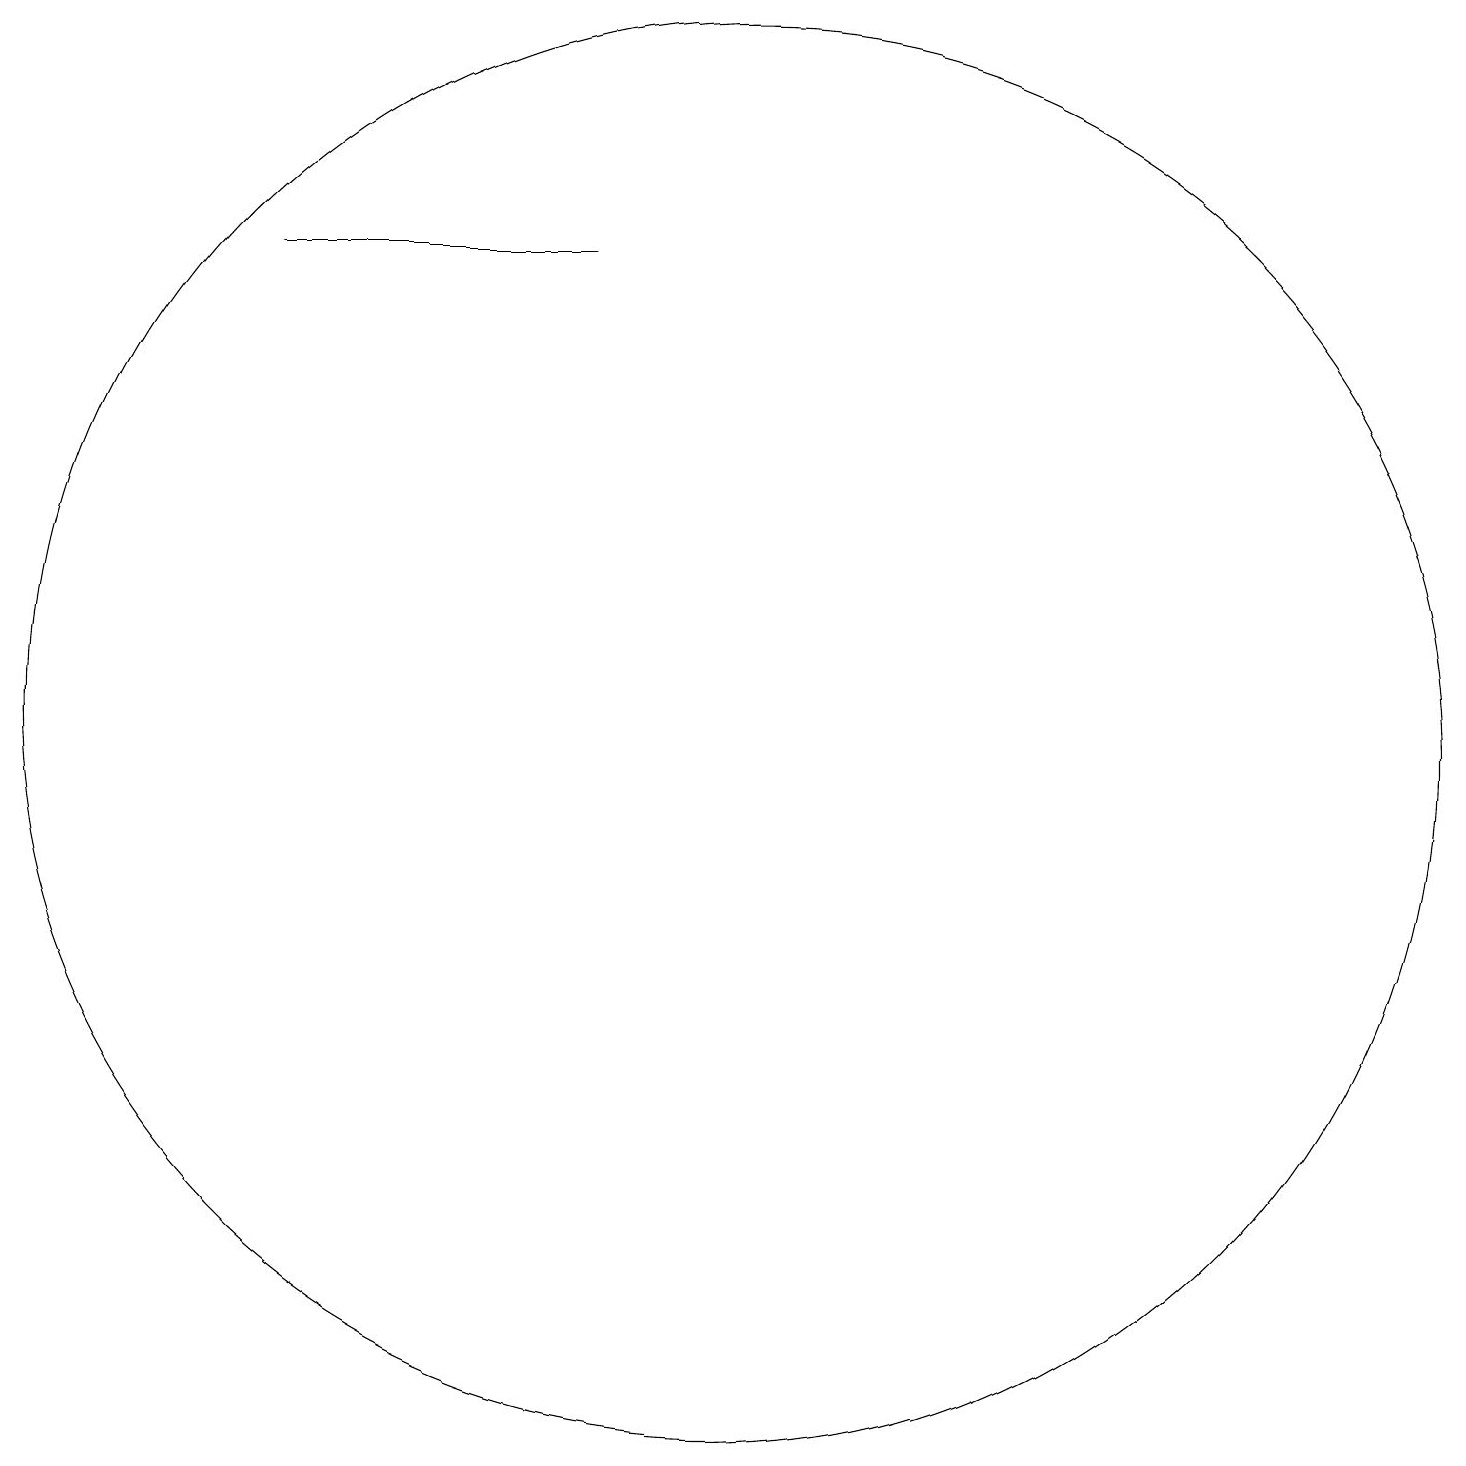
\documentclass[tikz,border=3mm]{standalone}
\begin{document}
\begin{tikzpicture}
\draw (6,10) rectangle (6,10);
\draw (11,10) circle (9);
\draw (9,16) rectangle (5,16);
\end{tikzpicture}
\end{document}